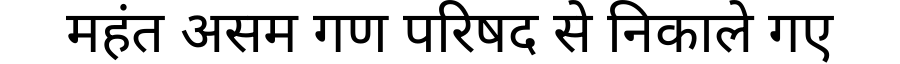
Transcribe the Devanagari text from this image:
महंत असम गण परिषद से निकाले गए